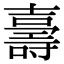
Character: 𭐙